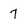
Character: 7